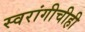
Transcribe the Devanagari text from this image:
स्वरांगीचीही